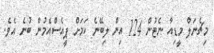
މިޗެނަލް މީޑިއާ ނެޓުން 124 އިން ލިބޭނެ ކަމަށް ޕީއެސްއެމުން ބުނެ އެވެ.